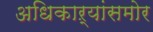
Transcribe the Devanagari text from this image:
अधिकाऱ्यांसमोर